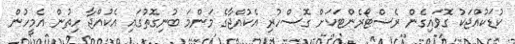
ކުޑަކުއްޖަކު ގޮވައިގެން ރެސްޓޯރެންޓަކަށް ގޮސްހުރި އެކުއްޖާގެ މަންމަ ބުނިގޮތުގައި އެކުއްޖާ ހިތުން އެމީހުން